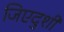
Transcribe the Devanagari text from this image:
जिएदुशी